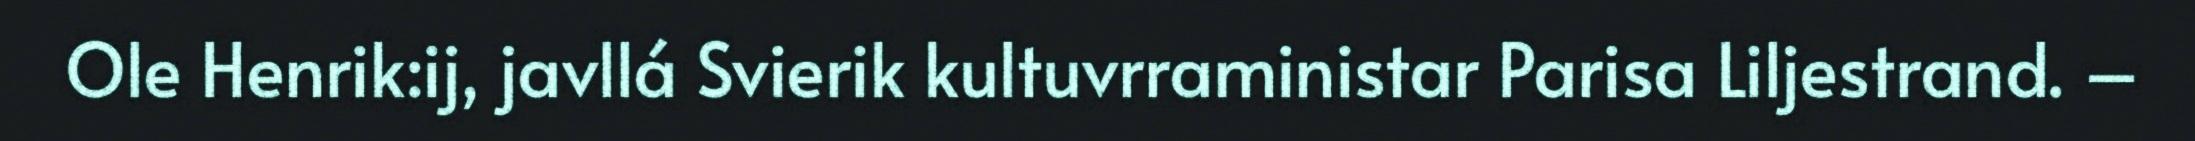
Ole Henrik:ij, javllá Svierik kultuvrraministar Parisa Liljestrand. –